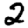
Digit: 2